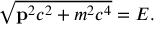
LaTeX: { \sqrt { \mathbf { p } ^ { 2 } c ^ { 2 } + m ^ { 2 } c ^ { 4 } } } = E .